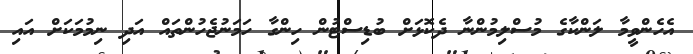
އެހެންވީމާ ލަންކާގެ މުސްލިމުންނާ ދެކޮޅަށް ބުޑިސްޓުން ހިންގާ ހަަމަނުޖެހުންތައް އަދި ނިމުމަކަށް އައި